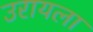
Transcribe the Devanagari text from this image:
उरायला